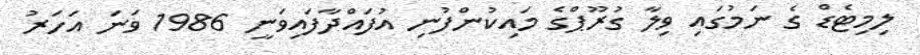
ލިމިޓެޑް ގެ ނަމުގައި ވިލާ ގުރޫޕްގެ މައިކުންފުނި އުފައްދާފައިވަނީ 1986 ވަނަ އަހަރު